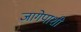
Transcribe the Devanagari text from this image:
जागेपाशी